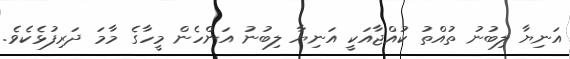
އަނިޔާ ލިބުނު ތުއްތު ކުއްޖާއަކީ އަނިޔާ ލިބުނު އަންހެން މީހާގެ މާމަ ދަރިފުޅެކެވެ.